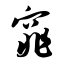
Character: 窕